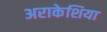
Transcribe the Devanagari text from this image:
अराकेशिया